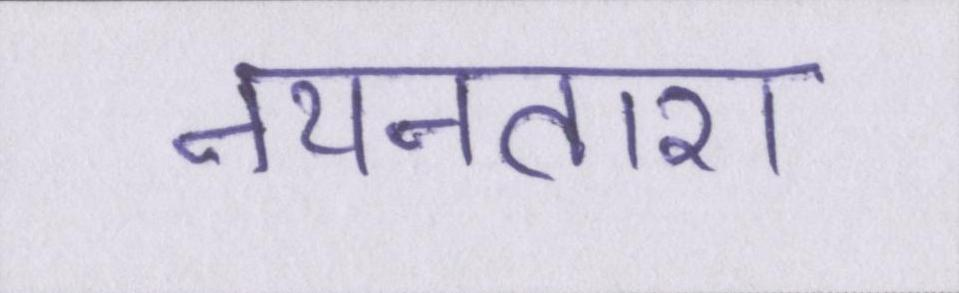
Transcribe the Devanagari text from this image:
नयनतारा